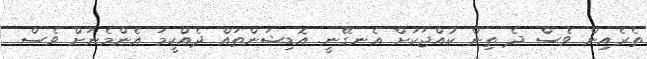
ތެރެއިން ވެސް ދެ ތިން ކުއްޖަކަށް އެނގޭނީ. އޮޑިޝަންތައް ދެއްކީމަ އެންމެނަށް ވެސް